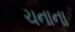
ચનાના